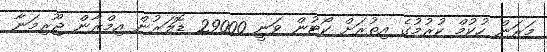
މަރަން ހުކުމް ކުރުމުގެ އިތުރަށް ކޯޓުން ވަނީ 29000 ޑޮލަރުން އިމްރާން ޖޫރިމަނާ